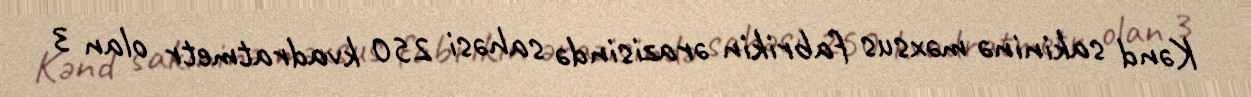
Kənd sakininə məxsus fabrikin ərazisində sahəsi 250 kvadratmetr olan 3